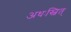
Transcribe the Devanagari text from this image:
अधःस्वित्